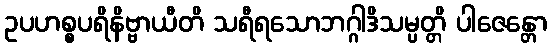
ဥပဟစ္စပရိနိဗ္ဗာယီတိ သရီရသောဘဂ္ဂါဒိသမ္ပတ္တိ ပါဇေန္တော